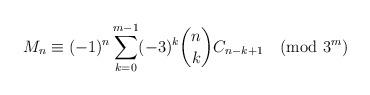
LaTeX: \begin{align*}M_n\equiv(-1)^n\sum_{k=0}^{m-1}(-3)^k\binom{n}{k}C_{n-k+1}\pmod{3^m}\end{align*}